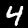
Digit: 4